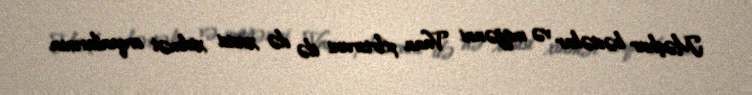
Məşhur bəstəkar və müğənni Vaan Artsruni ilə də xusisi xidmət orqanlarının